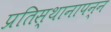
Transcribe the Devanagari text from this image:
प्रतिस्थानापन्न